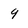
Character: 9